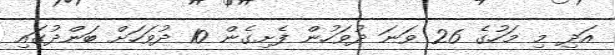
އަދި މި މަހުގެ 26 ވަނަ ދުވަހުން ފެށިގެން 10 ދުވަހަށް ބަންދުގައި